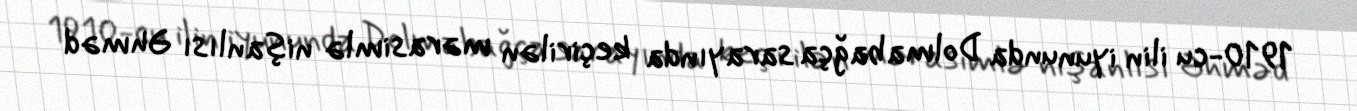
1910-cu ilin iyununda Dolmabağça sarayında keçirilən mərasimlə nişanlısı Əhməd